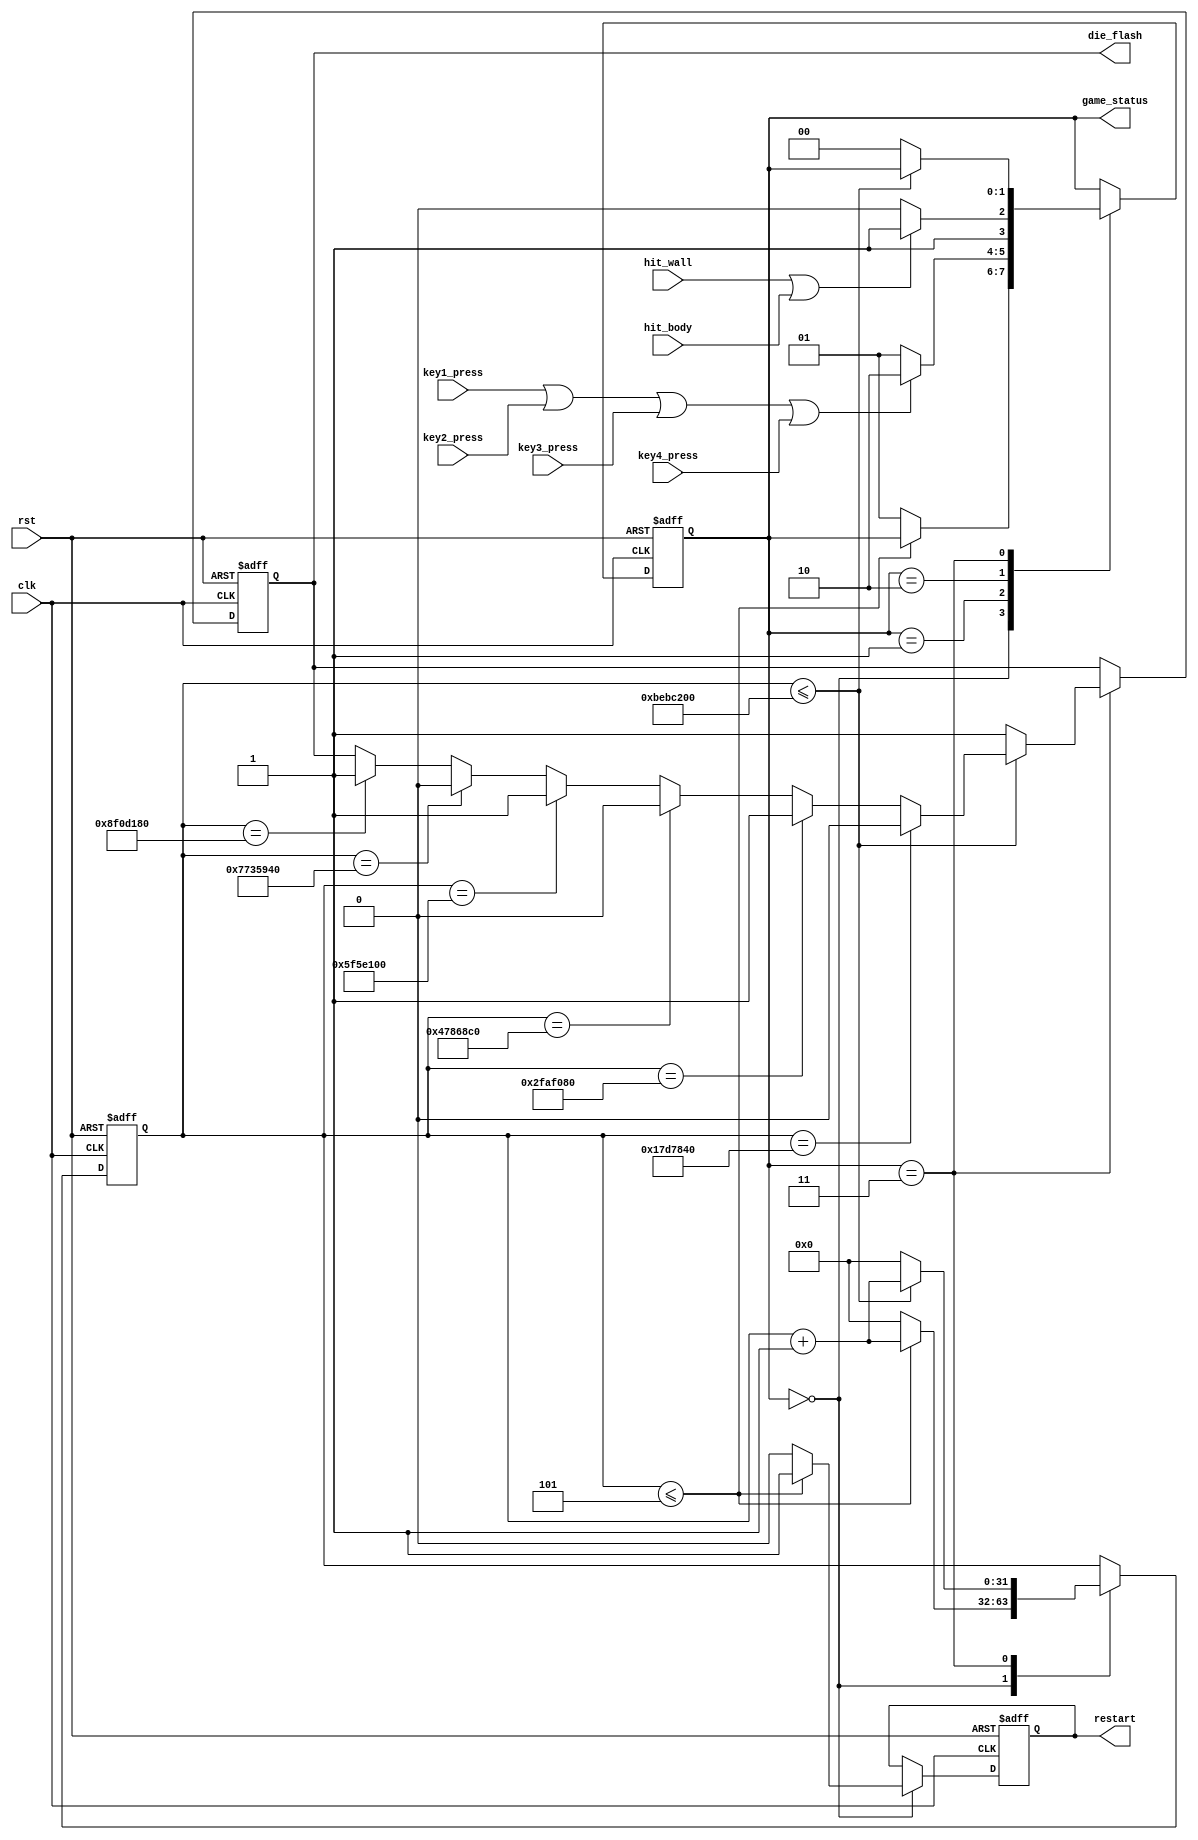
module game_status_control
(
	input clk,
	input rst,
	input key1_press,
	input key2_press,
	input key3_press,
	input key4_press,
	
	output reg [1:0]game_status,
	input hit_wall,
	input hit_body,
	output reg die_flash,
	output reg restart
);
	localparam RESTART = 2'b00;
	localparam START = 2'b01;
	localparam PLAY = 2'b10;
	localparam DIE = 2'b11;
	
	reg[31:0]clk_cnt;
	
	always@(posedge clk or negedge rst)
	begin
		if(!rst) begin
			game_status <= START;
			clk_cnt <= 0;
			die_flash <= 1;
			restart <= 0;
		end
		else begin
			case(game_status)
				RESTART:begin           
					if(clk_cnt <= 5) begin
						clk_cnt <= clk_cnt + 1;
						restart <= 1;						
					end
					else begin
						game_status <= START;
						clk_cnt <= 0;
						restart <= 0;
					end
				end
				START:begin
					if (key1_press | key2_press | key3_press | key4_press)
                        game_status <= PLAY;
					else 
					    game_status <= START;
				end
				PLAY:begin
					if(hit_wall | hit_body)
					   game_status <= DIE;
					else
					   game_status <= PLAY;
				end	
				DIE:begin
					if(clk_cnt <= 200_000_000) begin
						clk_cnt <= clk_cnt + 1'b1;
					   if(clk_cnt == 25_000_000)
					       die_flash <= 0;
					   else if(clk_cnt == 50_000_000)
					       die_flash <= 1'b1;
					   else if(clk_cnt == 75_000_000)
					       die_flash <= 1'b0;
					   else if(clk_cnt == 100_000_000)
					       die_flash <= 1'b1;
					   else if(clk_cnt == 125_000_000)
					       die_flash <= 1'b0;
					   else if(clk_cnt == 150_000_000)
					       die_flash <= 1'b1;
				    end
					else
						begin
							die_flash <= 1;
							clk_cnt <= 0;
							game_status <= RESTART;
						end
					end
			endcase
		end
	end
endmodule